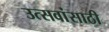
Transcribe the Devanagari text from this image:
उत्सवांसाठी